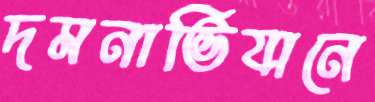
দমনাভিযানে